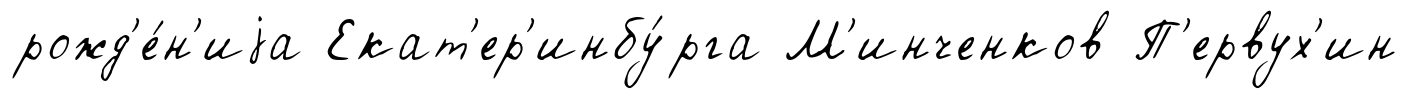
рожд'е́н'иjа Екат'ер'инбу́рга М'инченков П'ервух'ин